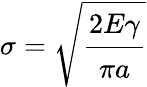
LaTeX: \sigma={\sqrt{\cfrac{2E\gamma}{\pi a}}}